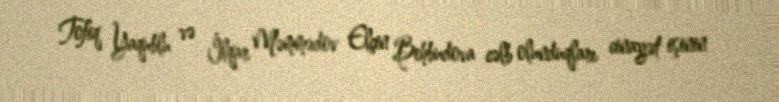
Tofiq Yaqublu və İlqar Məmmədov Elçin Behbudova cəlb olunduqları cinayət işinin